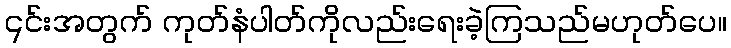
၎င်းအတွက် ကုတ်နံပါတ်ကိုလည်းရေးခဲ့ကြသည်မဟုတ်ပေ။